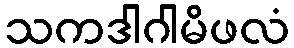
သကဒါဂါမိဖလံ